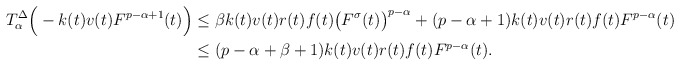
\begin{align*}T_{\alpha}^{\Delta} \Big(-k(t)v(t)F^{p-\alpha+1}(t)\Big)&\leq\beta k(t)v(t)r(t)f(t)\big(F^\sigma(t)\big)^{p-\alpha}+(p-\alpha+1)k(t)v(t)r(t)f(t)F^{p-\alpha}(t)\\&\leq(p-\alpha+\beta+1)k(t)v(t)r(t)f(t)F^{p-\alpha}(t).\end{align*}